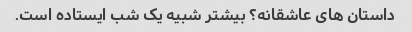
داستان های عاشقانه؟ بیشتر شبیه یک شب ایستاده است.